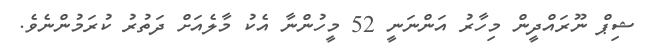
ޝިޕް ނޫރައްދީން މިހާރު އަންނަނީ 52 މީހުންނާ އެކު މާލެއަށް ދަތުރު ކުރަމުންނެވެ.